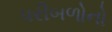
પરીબળોનો